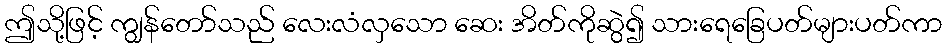
ဤသို့ဖြင့် ကျွန်တော်သည် လေးလံလှသော ဆေး အိတ်ကိုဆွဲ၍ သားရေခြေပတ်များပတ်ကာ